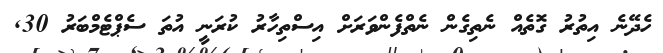
ހެދޭނެ އިތުރު ގޮތެއް ނެތިގެން ނެތްފެންވަރަށް އިސްތިހާރު ކުރަނީ އުތަ ސެޕްޓެމްބަރު 30